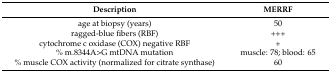
<table><thead><tr><td><b>Description</b></td><td><b>MERRF</b></td></tr></thead><tbody><tr><td>age at biopsy (years)</td><td>50</td></tr><tr><td>ragged-blue fibers (RBF)</td><td>+++</td></tr><tr><td>cytochrome c oxidase (COX) negative RBF</td><td>+</td></tr><tr><td>% m.8344A&gt;G mtDNA mutation</td><td>muscle: 78; blood: 65</td></tr><tr><td>% muscle COX activity (normalized for citrate synthase)</td><td>60</td></tr></tbody></table>